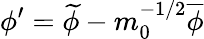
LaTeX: \phi^{\prime}=\widetilde{\phi}-m_{0}^{-1/2}\overline{{\phi}}